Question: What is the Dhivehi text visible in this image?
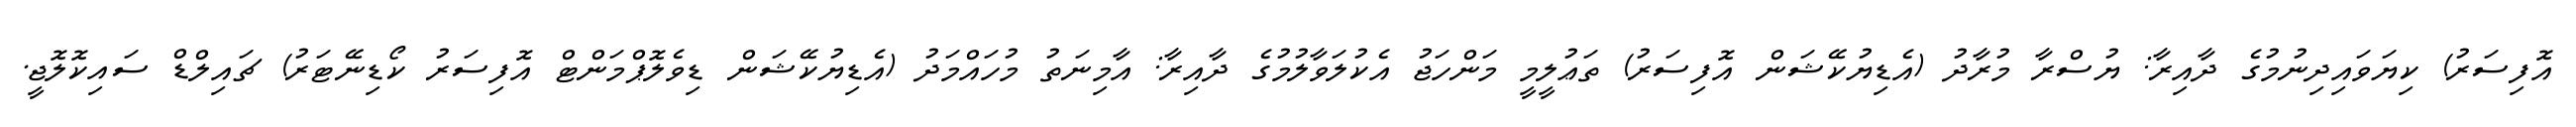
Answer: އޮފިސަރު) ކިޔަވައިދިނުމުގެ ދާއިރާ: ޔުސްރާ މުރާދު (އެޑިޔުކޭޝަން އޮފިސަރު) ތަޢުލީމީ މަންހަޖު އެކުލަވާލުމުގެ ދާއިރާ: އާމިނަތު މުހައްމަދު (އެޑިޔުކޭޝަން ޑިވެލޮޕްމަންޓް އޮފިސަރު ކޯޑިނޭޓަރު) ޗައިލްޑް ސައިކޮލޮޖީ.